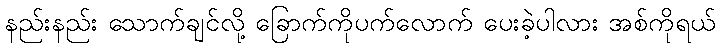
နည်းနည်း သောက်ချင်လို့ ခြောက်ကိုပက်လောက် ပေးခဲ့ပါလား အစ်ကိုရယ်